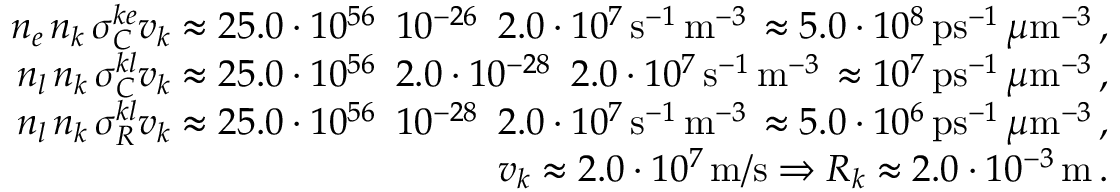
\begin{array} { r l r } & { } & { n _ { e } \, n _ { k } \, \sigma _ { C } ^ { k e } v _ { k } \approx 2 5 . 0 \cdot 1 0 ^ { 5 6 } \, \, \, 1 0 ^ { - 2 6 } \, \, \, 2 . 0 \cdot 1 0 ^ { 7 } \, \mathrm { s } ^ { - 1 } \, \mathrm { m } ^ { - 3 } \, \approx 5 . 0 \cdot 1 0 ^ { 8 } \, \mathrm { p s } ^ { - 1 } \, \mu \mathrm { m } ^ { - 3 } \, , } \\ & { } & { n _ { l } \, n _ { k } \, \sigma _ { C } ^ { k l } v _ { k } \approx 2 5 . 0 \cdot 1 0 ^ { 5 6 } \, \, \, 2 . 0 \cdot 1 0 ^ { - 2 8 } \, \, \, 2 . 0 \cdot 1 0 ^ { 7 } \, \mathrm { s } ^ { - 1 } \, \mathrm { m } ^ { - 3 } \, \approx 1 0 ^ { 7 } \, \mathrm { p s } ^ { - 1 } \, \mu \mathrm { m } ^ { - 3 } \, , } \\ & { } & { n _ { l } \, n _ { k } \, \sigma _ { R } ^ { k l } v _ { k } \approx 2 5 . 0 \cdot 1 0 ^ { 5 6 } \, \, \, 1 0 ^ { - 2 8 } \, \, \, 2 . 0 \cdot 1 0 ^ { 7 } \, \mathrm { s } ^ { - 1 } \, \mathrm { m } ^ { - 3 } \, \approx 5 . 0 \cdot 1 0 ^ { 6 } \, \mathrm { p s } ^ { - 1 } \, \mu \mathrm { m } ^ { - 3 } \, , } \\ & { } & { v _ { k } \approx 2 . 0 \cdot 1 0 ^ { 7 } \, \mathrm { m / s } \Rightarrow { \cal R } _ { k } \approx 2 . 0 \cdot 1 0 ^ { - 3 } \, \mathrm { m } \, . } \end{array}